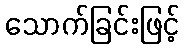
သောက်ခြင်းဖြင့်